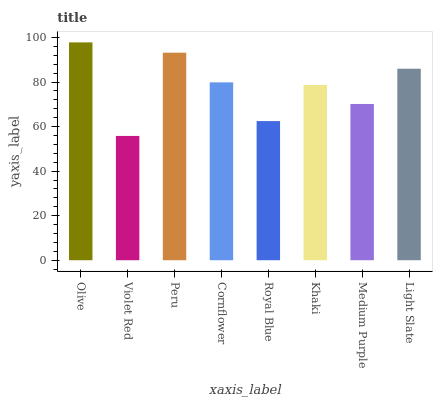
| xaxis_label | bars |
 | --- | --- |
 | Olive | 97.8 |
 | Violet Red | 55.8 |
 | Peru | 93.2 |
 | Cornflower | 79.9 |
 | Royal Blue | 62.5 |
 | Khaki | 78.7 |
 | Medium Purple | 70.1 |
 | Light Slate | 86 |